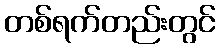
တစ်ရက်တည်းတွင်